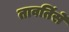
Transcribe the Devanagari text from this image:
तावतिंसे